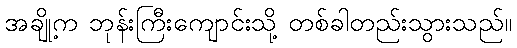
အချို့က ဘုန်းကြီးကျောင်းသို့ တစ်ခါတည်းသွားသည်။